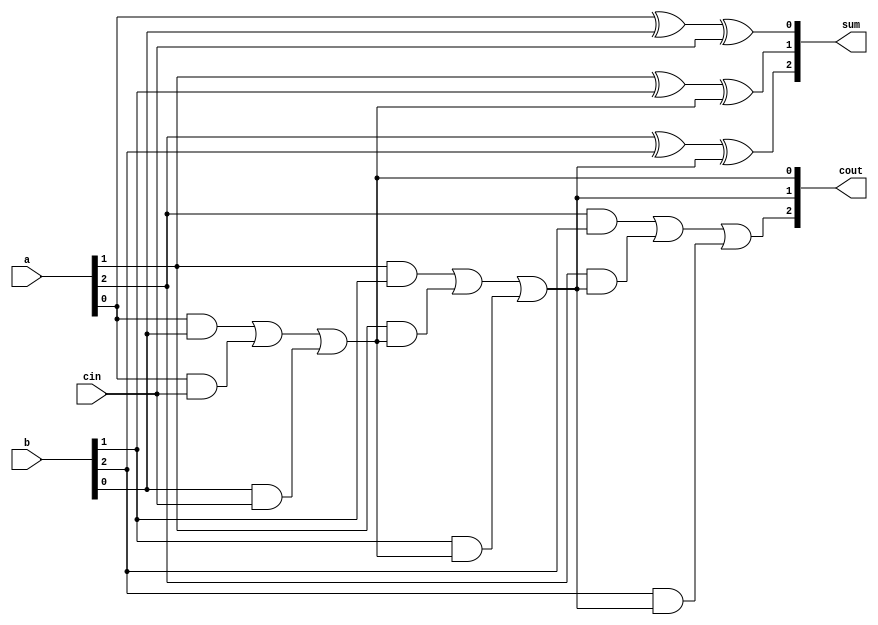
module top_module( 
    input [2:0] a, b,
    input cin,
    output [2:0] cout,
    output [2:0] sum );
    integer i;
    assign sum[0] = a[0] ^ b[0] ^ cin;
    assign cout[0] = (a[0] & b[0]) | (a[0] & cin) | (b[0] & cin);
    always@(*)
        begin
            for(i=1; i<3; i++)
                begin
                    sum[i] = a[i] ^ b[i] ^ cout[i-1];
                    cout[i] = (a[i] & b[i]) | (a[i] & cout[i-1]) | (b[i] & cout[i-1]);
                end
        end
endmodule